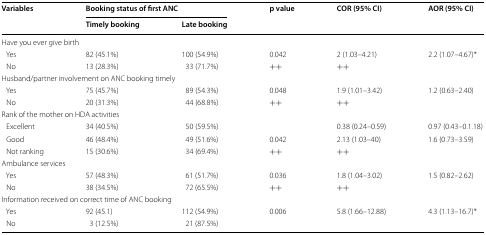
<table><thead><tr><td rowspan="2"><b>Variables</b></td><td colspan="2"><b>Booking status of first ANC</b></td><td rowspan="2"><b>p value</b></td><td rowspan="2"><b>COR (95% CI)</b></td><td rowspan="2"><b>AOR (95% CI)</b></td></tr><tr><td><b>Timely booking</b></td><td><b>Late booking</b></td></tr></thead><tbody><tr><td colspan="6">Have you ever give birth</td></tr><tr><td> Yes</td><td>82 (45.1%)</td><td>100 (54.9%)</td><td>0.042</td><td>2 (1.03–4.21)</td><td>2.2 (1.07–4.67)*</td></tr><tr><td> No</td><td>13 (28.3%)</td><td>33 (71.7%)</td><td>++</td><td>++</td><td></td></tr><tr><td colspan="6">Husband/partner involvement on ANC booking timely</td></tr><tr><td> Yes</td><td>75 (45.7%)</td><td>89 (54.3%)</td><td>0.048</td><td>1.9 (1.01–3.42)</td><td>1.2 (0.63–2.40)</td></tr><tr><td> No</td><td>20 (31.3%)</td><td>44 (68.8%)</td><td>++</td><td>++</td><td></td></tr><tr><td colspan="6">Rank of the mother on HDA activities</td></tr><tr><td> Excellent</td><td>34 (40.5%)</td><td>50 (59.5%)</td><td></td><td>0.38 (0.24–0.59)</td><td>0.97 (0.43–0.1.18)</td></tr><tr><td> Good</td><td>46 (48.4%)</td><td>49 (51.6%)</td><td>0.042</td><td>2.13 (1.03–40)</td><td>1.6 (0.73–3.59)</td></tr><tr><td> Not ranking</td><td>15 (30.6%)</td><td>34 (69.4%)</td><td>++</td><td>++</td><td></td></tr><tr><td colspan="6">Ambulance services</td></tr><tr><td> Yes</td><td>57 (48.3%)</td><td>61 (51.7%)</td><td>0.036</td><td>1.8 (1.04–3.02)</td><td>1.5 (0.82–2.62)</td></tr><tr><td> No</td><td>38 (34.5%)</td><td>72 (65.5%)</td><td>++</td><td>++</td><td></td></tr><tr><td colspan="6">Information received on correct time of ANC booking</td></tr><tr><td> Yes</td><td>92 (45.1)</td><td>112 (54.9%)</td><td>0.006</td><td>5.8 (1.66–12.88)</td><td>4.3 (1.13–16.7)*</td></tr><tr><td> No</td><td>3 (12.5%)</td><td>21 (87.5%)</td><td></td><td></td><td></td></tr></tbody></table>